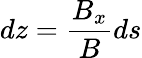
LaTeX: dz=\frac{B_{x}}{B}ds